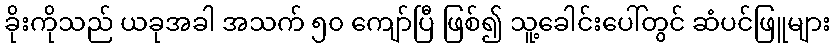
ခိုးကိုသည် ယခုအခါ အသက် ၅၀ ကျော်ပြီ ဖြစ်၍ သူ့ခေါင်းပေါ်တွင် ဆံပင်ဖြူများ